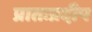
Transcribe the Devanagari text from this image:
प्रातःप्रदीप